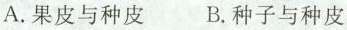
A.果皮与种皮 B.种子与种皮